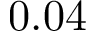
0 . 0 4